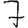
Digit: 7